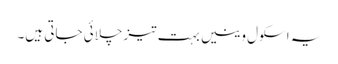
یہ اسکول وینیں بہت تیز چلائی جاتی ہیں۔